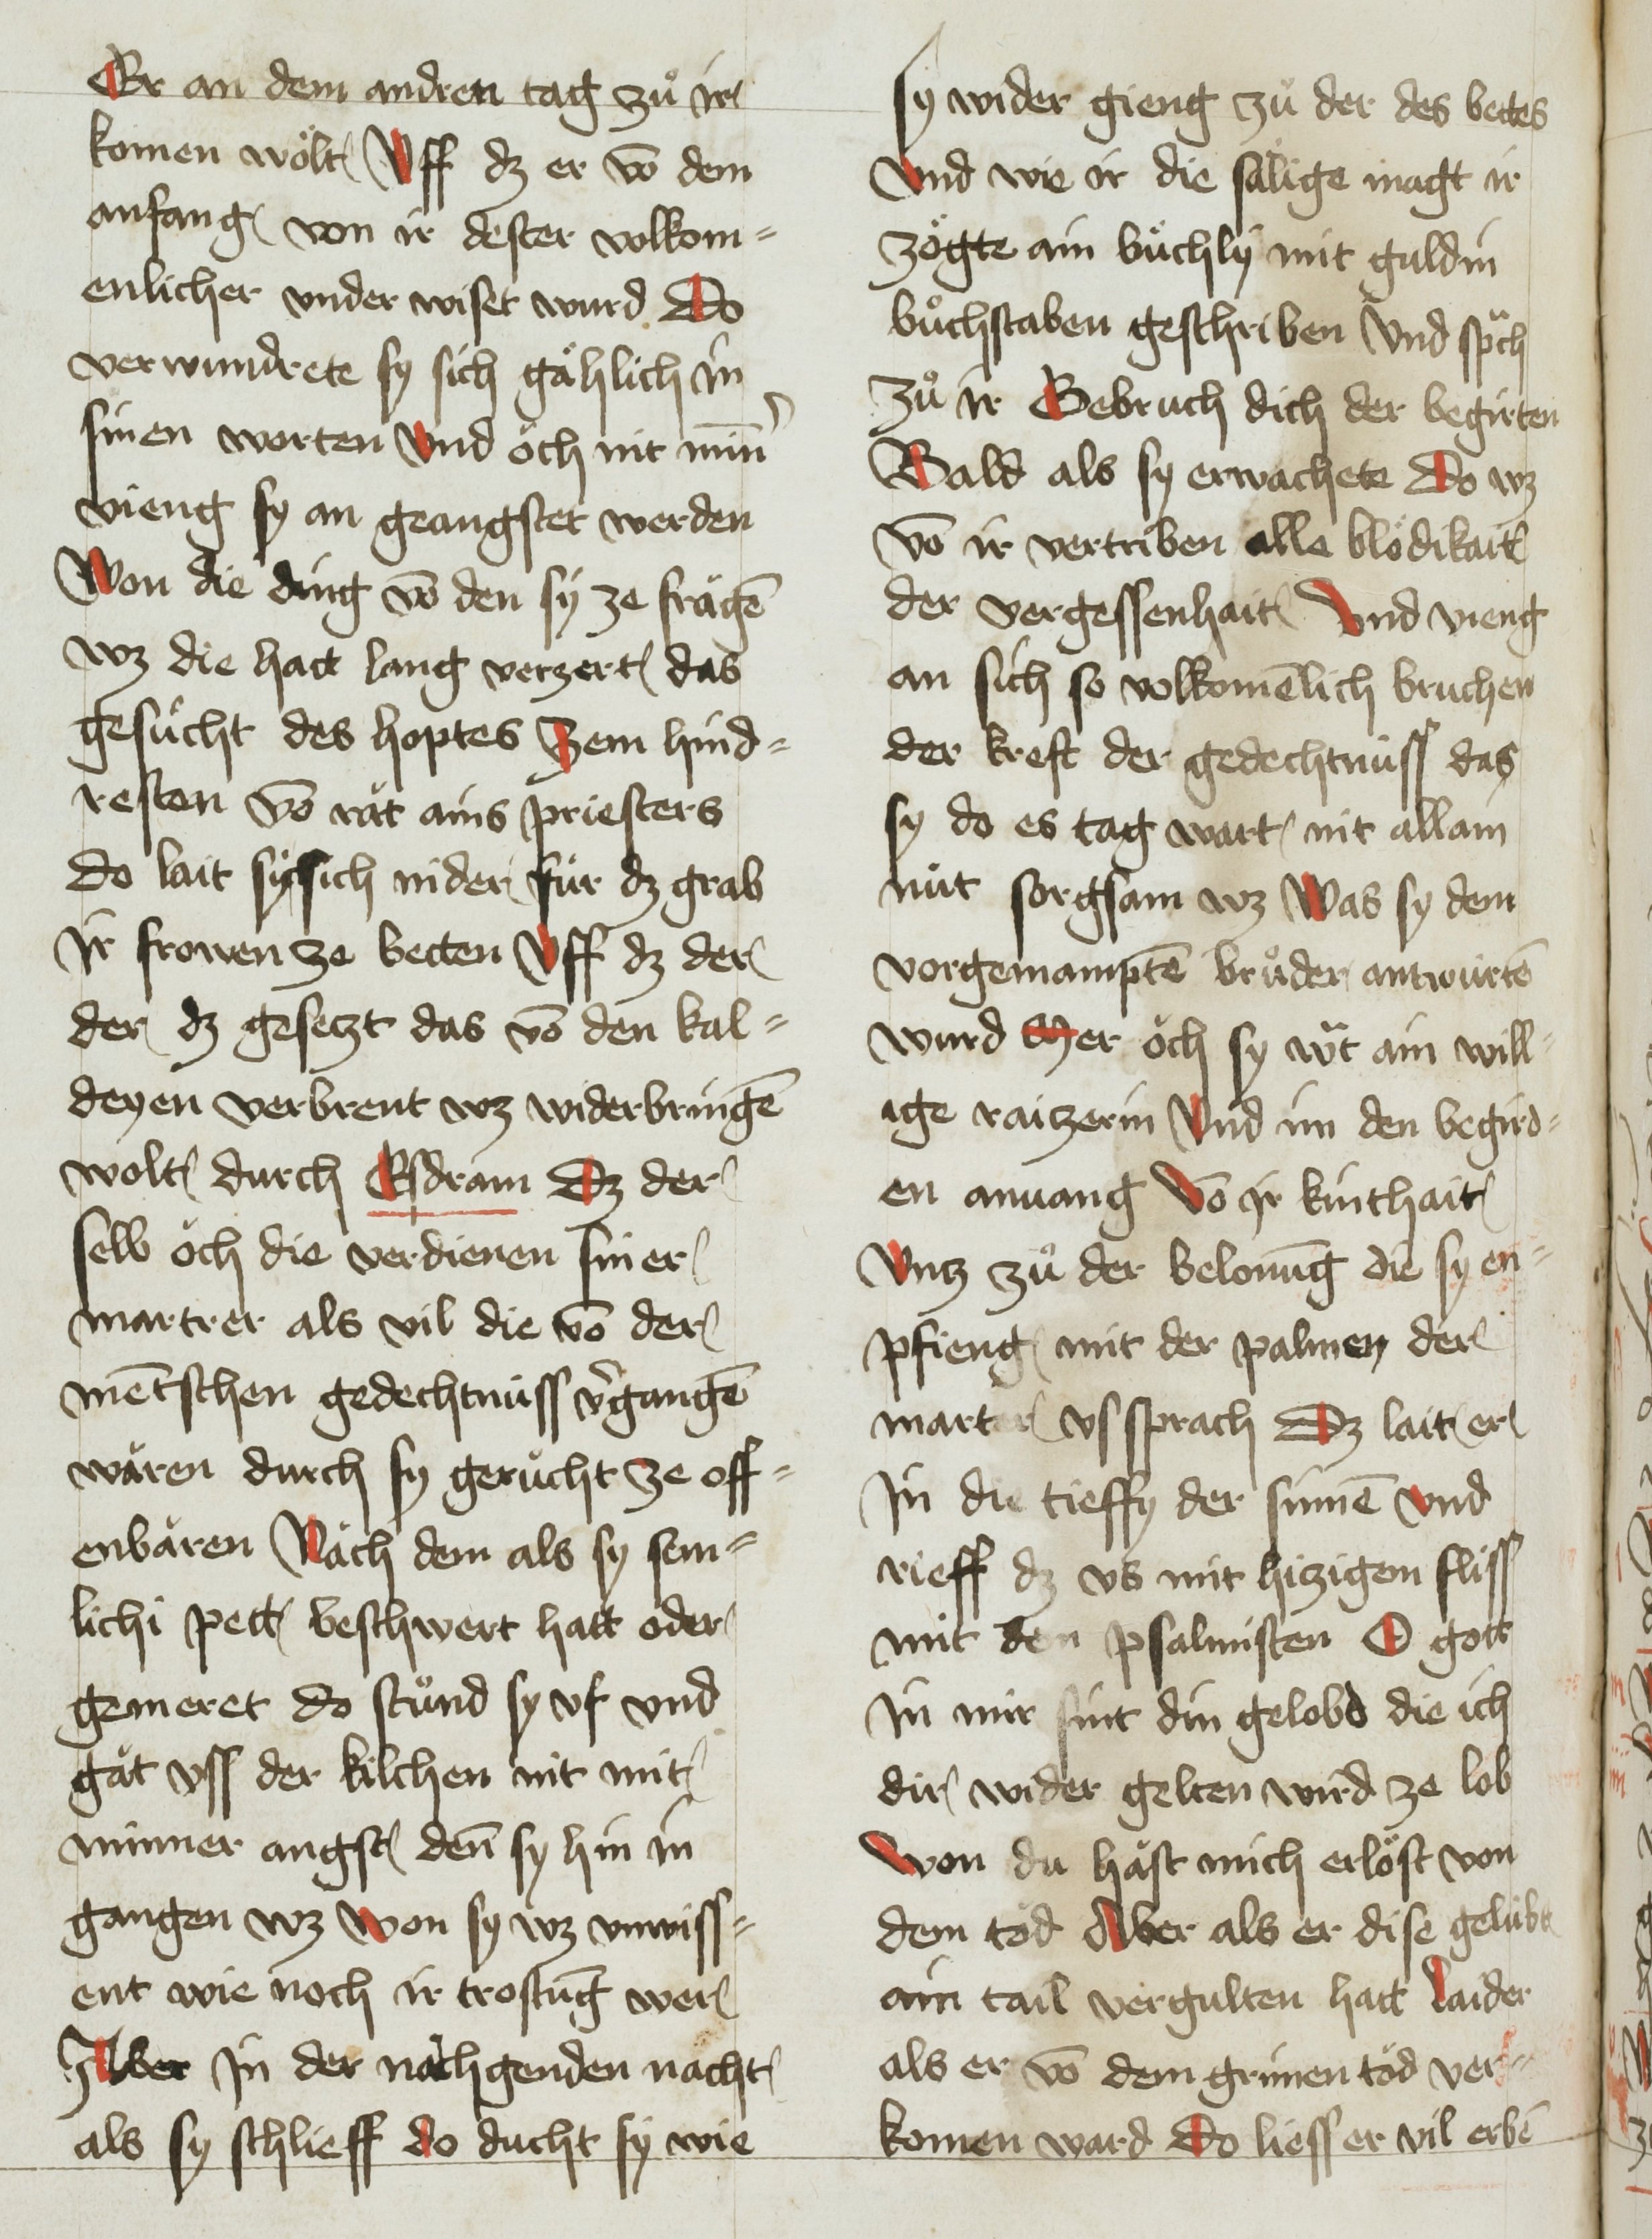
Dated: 1451–1460